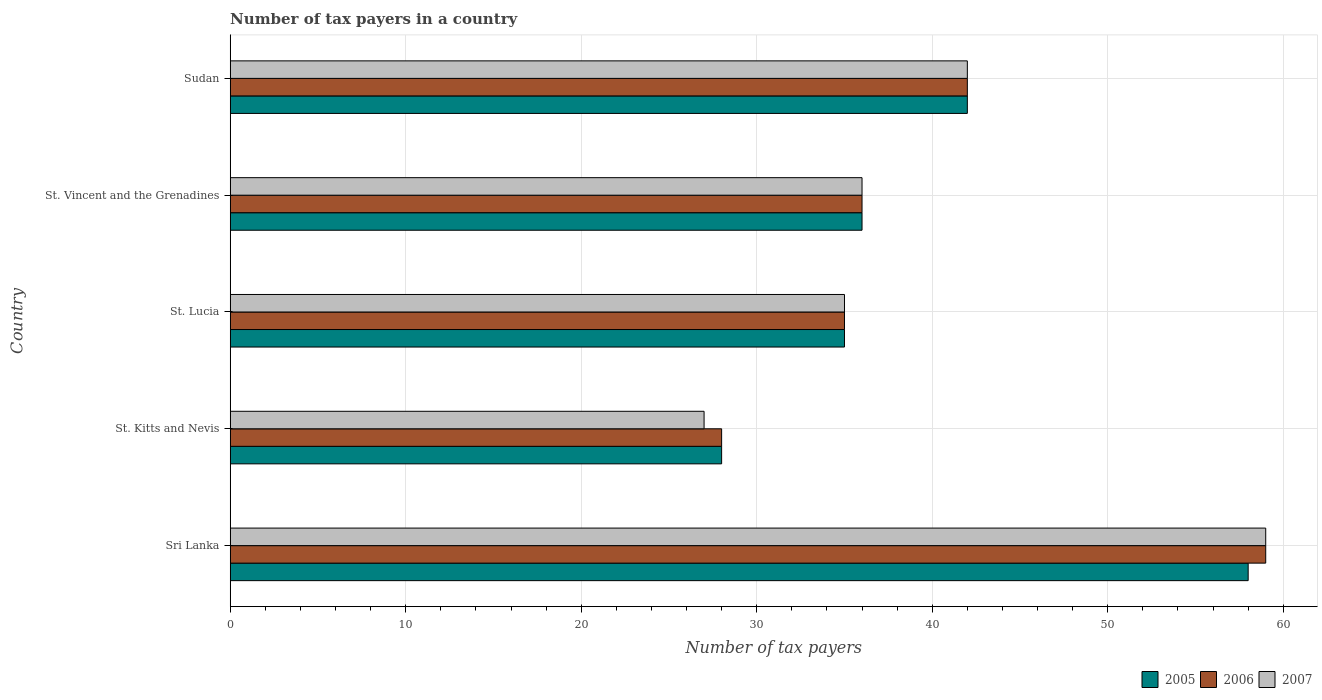
| Country | 2005 | 2006 | 2007 |
 | --- | --- | --- | --- |
 | Sri Lanka | 58 | 59 | 59 |
 | St. Kitts and Nevis | 28 | 28 | 27 |
 | St. Lucia | 35 | 35 | 35 |
 | St. Vincent and the Grenadines | 36 | 36 | 36 |
 | Sudan | 42 | 42 | 42 |